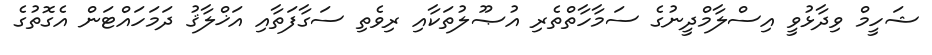
ޝަހީމް ވިދާޅުވީ އިސްލާމްދީނުގެ ސަމާހާތްތެރި އުޞޫލުތަކާއި ރިވެތި ސަގާފަތާއި އަޚްލާޤު ދަމަހައްޓަން އެގޮތުގެ